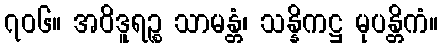
၇၀၆။ အဝိဒူရဉ္စ သာမန္တံ၊ သန္နိကဋ္ဌ မုပန္တိကံ။